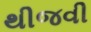
થીજવી